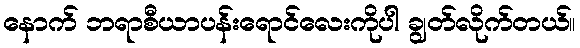
နောက် ဘရာစီယာပန်းရောင်လေးကိုပါ ချွတ်လိုက်တယ်။